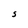
Character: S